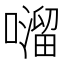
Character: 𫬂